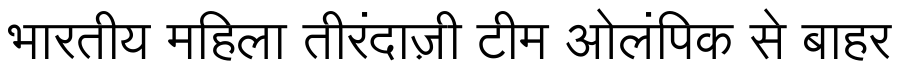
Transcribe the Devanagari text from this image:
भारतीय महिला तीरंदाज़ी टीम ओलंपिक से बाहर